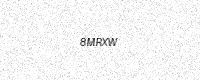
Text: 8MRXW